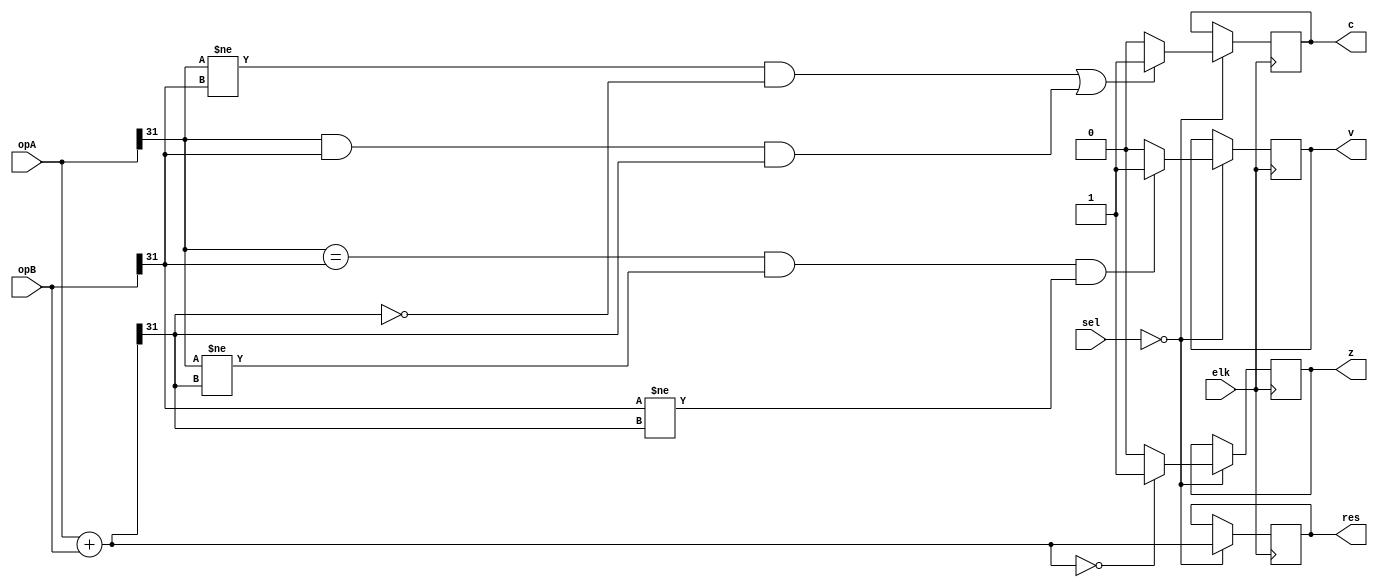
module add(
elk,
opA, opB,
sel, res, z, c, v
);


input wire elk;
input wire [2:0] sel;
input wire signed [31:0] opA, opB;
output reg signed [31:0] res;
output reg z, c, v;

always @ (posedge elk)
begin
	case (sel)
		3'b000:
			begin
				
				res = opA + opB;
				if (res == 32'h00000000)
					z = 1'b1;
				else
					z = 1'b0;
				
				//the only time 2's complement has carryout is if one of its operands is negative
				if (((opA[31]!=opB[31])&&res[31]==0)||((opA[31]==1&&opB[31]==1)&&res[31]==1))
					c = 1'b1;
				else
					c = 1'b0;
					
				
				if ((opA[31]==opB[31])&&(opA[31]!=res[31])&&(opB[31]!=res[31])) //sign of operands and result do not match
					v = 1'b1;
				else
					v = 1'b0;
					
			end
	
	endcase
end

endmodule